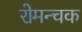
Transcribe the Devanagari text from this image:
रोमन्चक